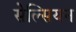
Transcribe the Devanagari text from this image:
सेल्सियन